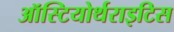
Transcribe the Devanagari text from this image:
ऑस्टियोर्थराइटिस